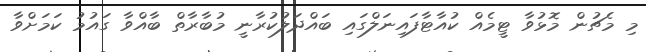
މި މެޗުން މޮޅުވާ ޓީމެއް ކުއާޓާފައިނަލްގައި ބައްދަލުކުރާނީ މުބާރާތް ބާއްވާ ގައުމު ކަމަށްވާ